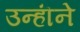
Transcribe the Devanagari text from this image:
उन्हॊंने